Proceedings of the meeting of veterinary officers in India
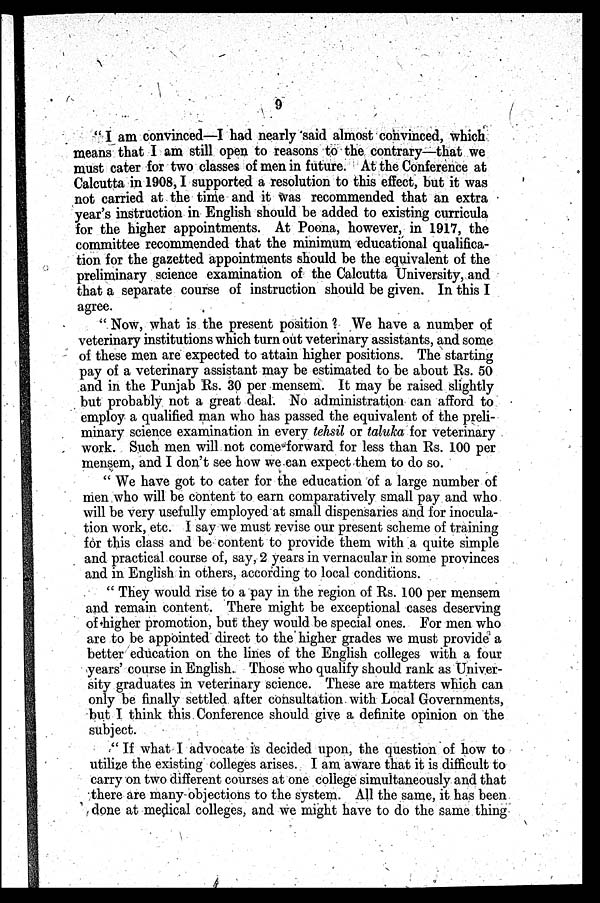
9
" I am convinced—I had nearly said almost convinced, which
means that I am still open to reasons to the contrary—that we
must cater for two classes of men in future. At the Conference at
Calcutta in 1908, I supported a resolution to this effect, but it was
not carried at the time and it was recommended that an extra
year's instruction in English should be added to existing curricula
for the higher appointments. At Poona, however, in 1917, the
committee recommended that the minimum educational qualifica-
tion for the gazetted appointments should be the equivalent of the
preliminary science examination of the Calcutta University, and
that a separate course of instruction should be given. In this I
agree.
" Now, what is the present position ? We have a number of
veterinary institutions which turn out veterinary assistants, and some
of these men are expected to attain higher positions. The starting
pay of a veterinary assistant may be estimated to be about Rs. 50
and in the Punjab Rs. 30 per mensem. It may be raised slightly
but probably not a great deal. No administration can afford to
employ a qualified man who has passed the equivalent of the preli-
minary science examination in every tehsil or taluka for veterinary
work. Such men will not come forward for less than Rs. 100 per
mensem, and I don't see how we can expect them to do so.
" We have got to cater for the education of a large number of
men who will be content to earn comparatively small pay and who
will be very usefully employed at small dispensaries and for inocula-
tion work, etc. I say we must revise our present scheme of training
for this class and be content to provide them with a quite simple
and practical course of, say, 2 years in vernacular in some provinces
and in English in others, according to local conditions.
" They would rise to a pay in the region of Rs. 100 per mensem
and remain content. There might be exceptional cases deserving
of higher promotion, but they would be special ones. For men who
are to be appointed direct to the higher grades we must provide a
better education on the lines of the English colleges with a four
years' course in English. Those who qualify should rank as Univer-
sity graduates in veterinary science. These are matters which can
only be finally settled after consultation with Local Governments,
but I think this Conference should give a definite opinion on the
subject.
" If what I advocate is decided upon, the question of how to
utilize the existing colleges arises. I am aware that it is difficult to
carry on two different courses at one college simultaneously and that
there are many objections to the system. All the same, it has been
done at medical colleges, and we might have to do the same thing